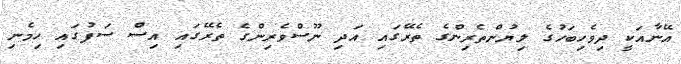
އޭނާއަކީ ދިވެހިބަހުގެ ލިޔުންތެރިންގެ ތެރޭގައި އަދި ނޫސްވެރިންގެ ތެރޭގައި އިސް ސަފުގައި ހިމެނި